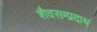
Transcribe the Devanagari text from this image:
शैवसम्प्रदाय